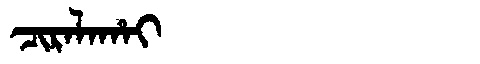
Manchu: ᠴᡳᡵᠠᠯᠠᡥᠠᡳ
Romanization: CIRALAHAI